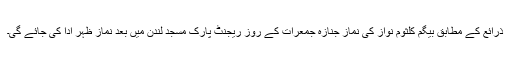
ذرائع کے مطابق بیگم کلثوم نواز کی نماز جنازہ جمعرات کے روز ریجنٹ پارک مسجد لندن میں بعد نماز ظہر ادا کی جائے گی۔